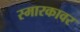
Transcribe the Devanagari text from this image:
स्मारकावर